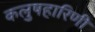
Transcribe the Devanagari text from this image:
कलुषहारिणी